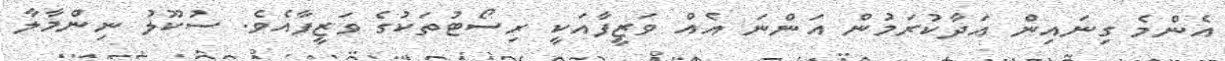
އެންމެ ގިނައިން އަދާކުރަމުން އަންނަ އެއް ވަޒީފާއަކީ ރިސޯޓުތަކުގެ ވަޒީފާއެވެ. ސުކޫލު ނިންމާލާ